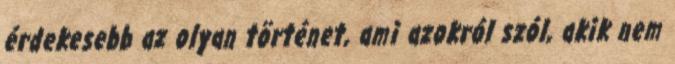
érdekesebb az olyan történet, ami azokról szól, akik nem